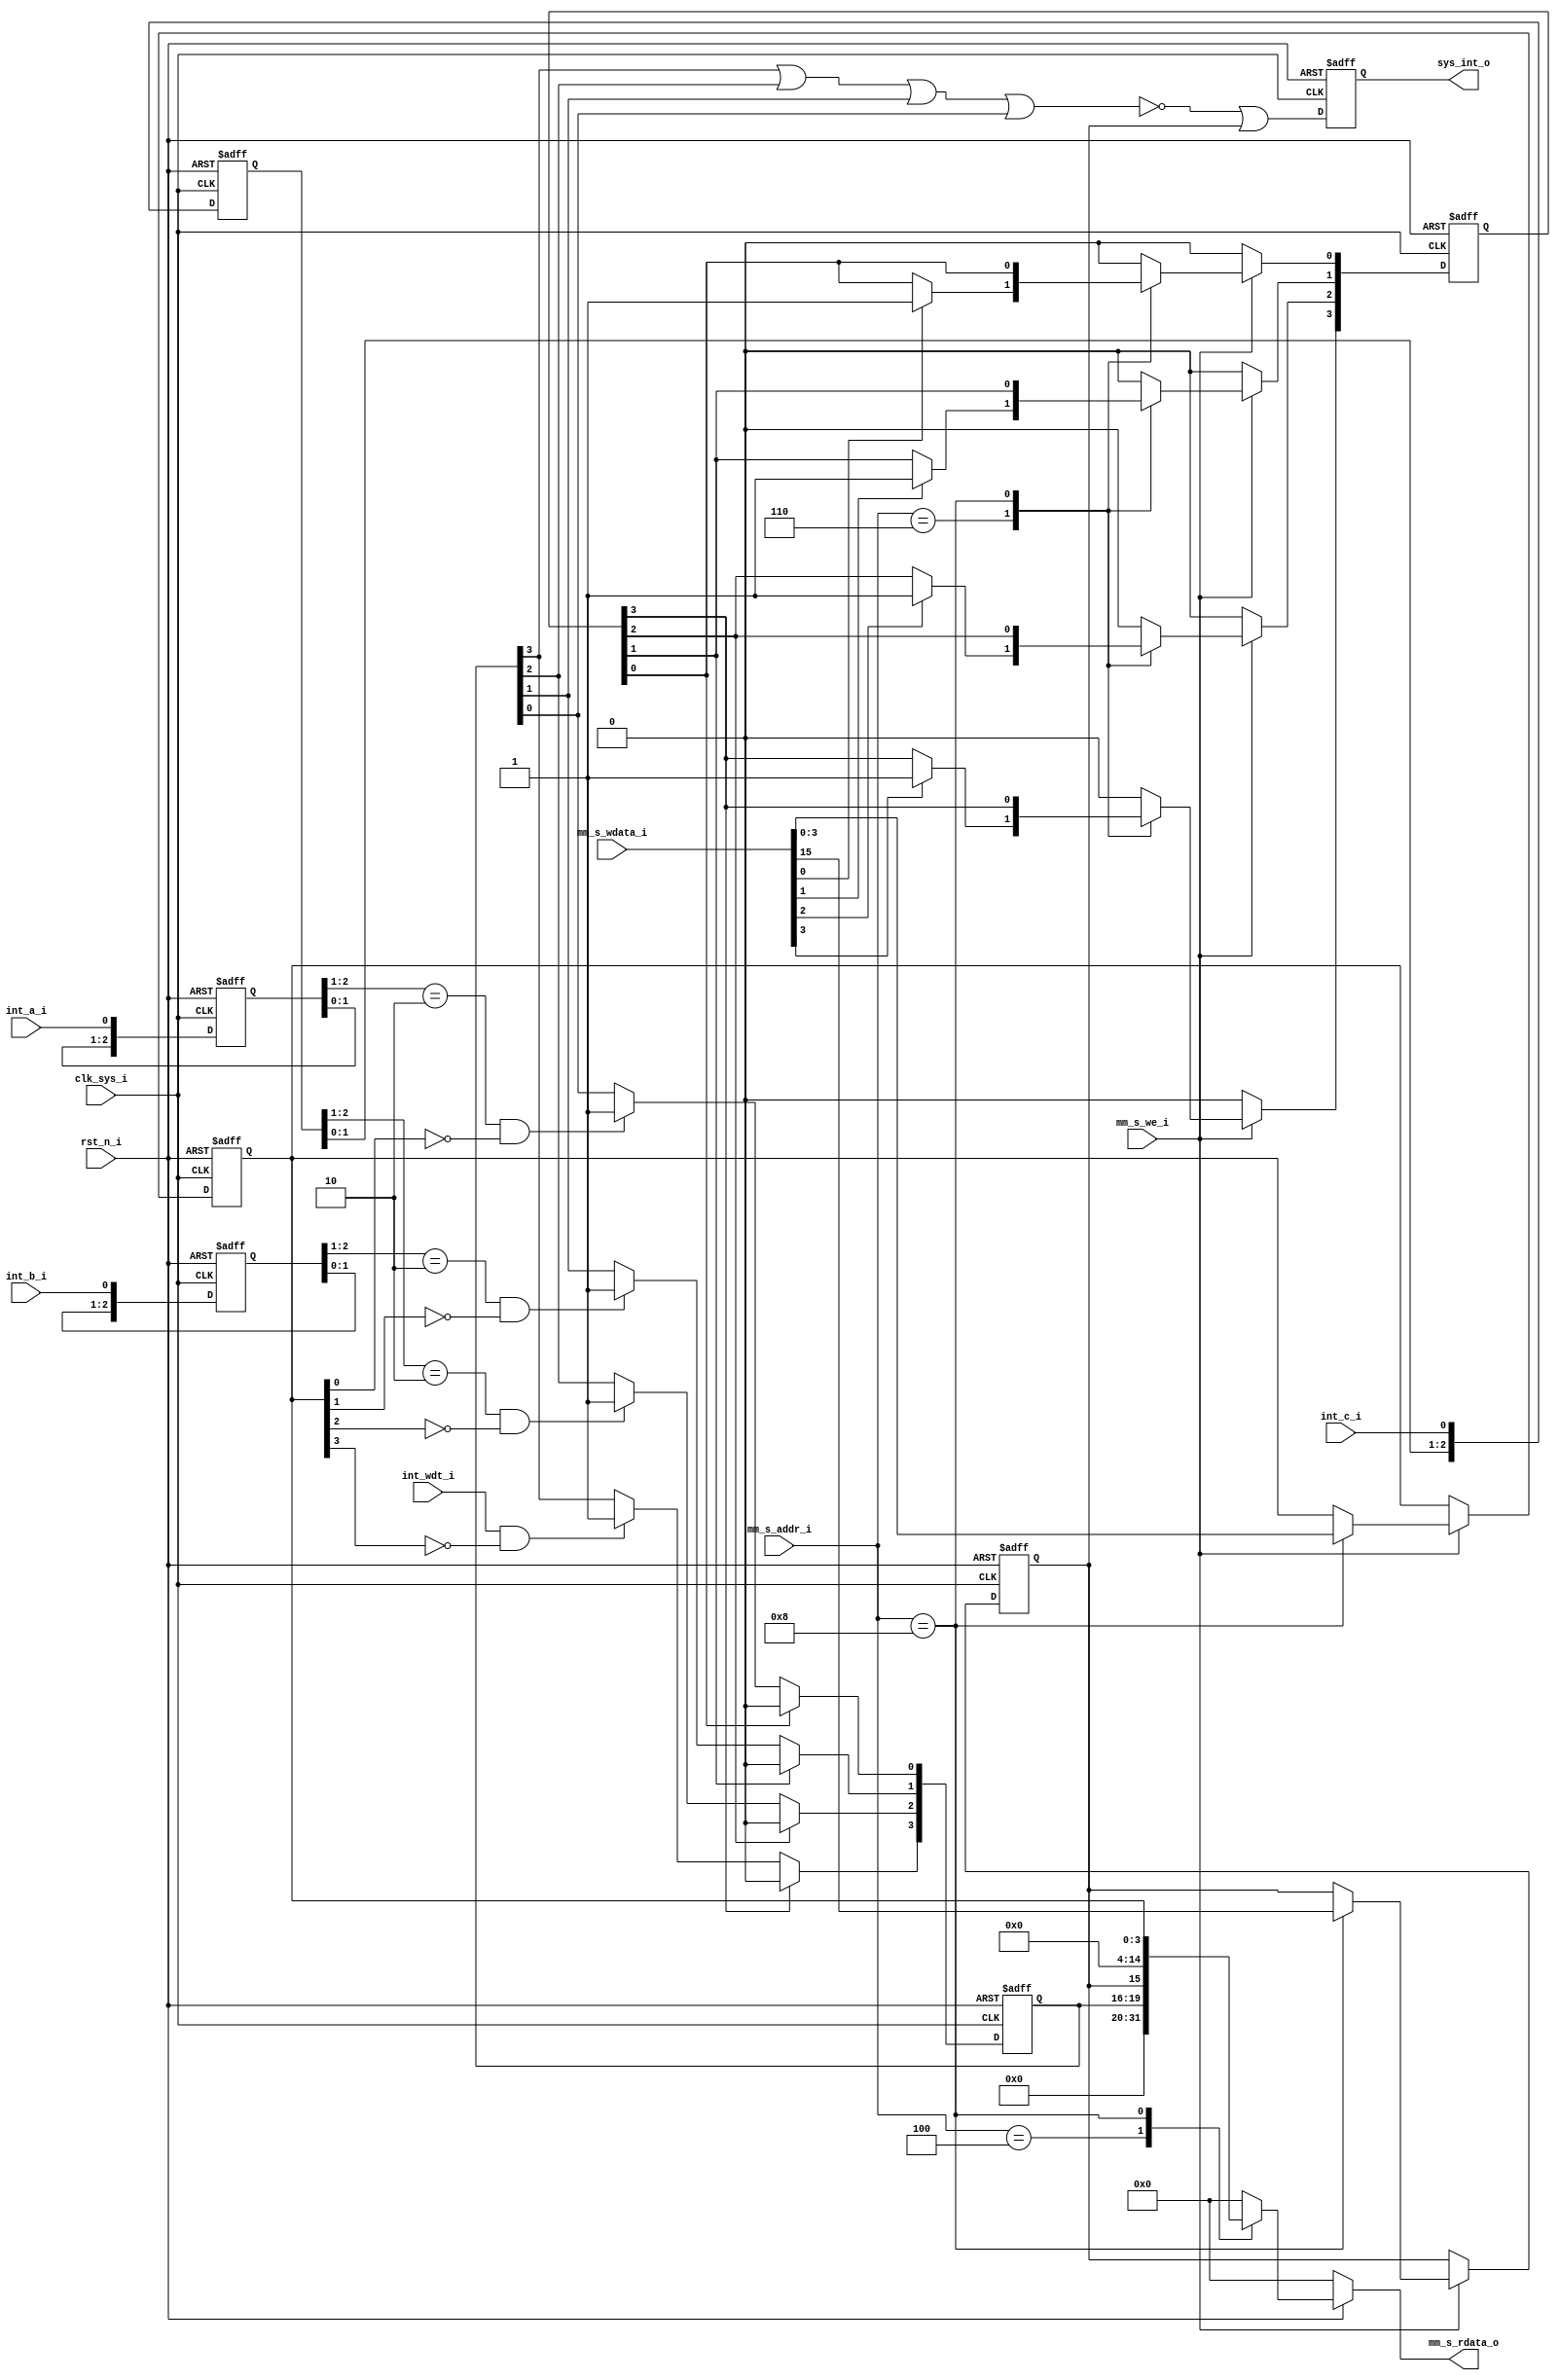
module int_ctrl(
// Global Clock and Reset
clk_sys_i,
rst_n_i,

// Memory Mapped Bus Slave Interface
mm_s_addr_i,
mm_s_wdata_i,
mm_s_rdata_o,
mm_s_we_i,

// Interrupt Signals
int_a_i, 
int_b_i, 
int_c_i, 
int_wdt_i,
sys_int_o
);

/***************************************************
 Interrupt Controller Parameters
***************************************************/
parameter MM_ADDR_WIDTH = 8;
parameter MM_DATA_WIDTH = 16;
// S1: Interrupt Controller
parameter REG_ADDR_INT_PND = 'h04;
parameter REG_ADDR_INT_CLR = 'h06;
parameter REG_ADDR_INT_MSK = 'h08;

//---------- Global Clock and Reset -----------
input clk_sys_i, rst_n_i;

//---------- Master Interface Signals -----------
// Address and Data Bus
input[MM_ADDR_WIDTH-1:0] mm_s_addr_i;
input[MM_DATA_WIDTH-1:0] mm_s_wdata_i;
output[MM_DATA_WIDTH-1:0] mm_s_rdata_o;
// Bus Control
input mm_s_we_i;

//---------- Interrupt Signals -----------
input int_a_i, int_b_i, int_c_i, int_wdt_i;
output sys_int_o;

//---------- Internal Regs & Wires -----------
reg[3:0] int_pnd_reg, int_clr_reg, int_msk_reg;
reg ie_msk_reg;
reg[MM_DATA_WIDTH-1:0] mm_s_rdata_o; 
reg[2:0] sync_int_a, sync_int_b, sync_int_c;
reg sys_int_o;

/***************************************************
 Interrupt Controller Functions
***************************************************/
// MM Write Function
always @(posedge clk_sys_i, negedge rst_n_i)
begin
	if(!rst_n_i) begin
		int_clr_reg <= 4'b0000;
		int_msk_reg <= 4'b1111;
		ie_msk_reg <= 1'b1;
	end
	else begin
		if(mm_s_we_i) begin
			case(mm_s_addr_i)				
				REG_ADDR_INT_CLR:
					begin
						int_clr_reg[0] <= mm_s_wdata_i[0] ? 1'b1 : int_clr_reg[0];	
						int_clr_reg[1] <= mm_s_wdata_i[1] ? 1'b1 : int_clr_reg[1];	
						int_clr_reg[2] <= mm_s_wdata_i[2] ? 1'b1 : int_clr_reg[2];	
						int_clr_reg[3] <= mm_s_wdata_i[3] ? 1'b1 : int_clr_reg[3];
					end					
				REG_ADDR_INT_MSK:
					begin
						ie_msk_reg <= mm_s_wdata_i[15];
						int_msk_reg <= mm_s_wdata_i[3:0];
					end					
				default:
					begin
						int_clr_reg <= 4'b0000;
						int_msk_reg <= int_msk_reg;
						ie_msk_reg <= ie_msk_reg;
					end
			endcase
		end
		else begin
			int_clr_reg <= 4'b0000;
			int_msk_reg <= int_msk_reg;
			ie_msk_reg <= ie_msk_reg;
		end
	end
end

// MM Read Function
always @(mm_s_addr_i, int_pnd_reg, ie_msk_reg, int_msk_reg, rst_n_i)
begin
	if(!rst_n_i) begin
		mm_s_rdata_o <= 0;
	end
	else begin
		case(mm_s_addr_i)
			REG_ADDR_INT_PND:
				mm_s_rdata_o <= {12'h0, int_pnd_reg[3:0]};
			REG_ADDR_INT_MSK:
				mm_s_rdata_o <= {ie_msk_reg, 11'h0, int_msk_reg[3:0]};
			default:
				mm_s_rdata_o <= 0;
		endcase
	end
end

// Input Sync and Edge Detection
always @(posedge clk_sys_i, negedge rst_n_i)
begin
	if(!rst_n_i) begin
		sync_int_a <= 3'b111;
		sync_int_b <= 3'b111;
		sync_int_c <= 3'b111;
	end
	else begin		
		sync_int_a <= {sync_int_a[1], sync_int_a[0], int_a_i};
		sync_int_b <= {sync_int_b[1], sync_int_b[0], int_b_i};
		sync_int_c <= {sync_int_c[1], sync_int_c[0], int_c_i};
	end
end

// Interrupt Pending Fill-in
always @(posedge clk_sys_i, negedge rst_n_i)
begin
	if(!rst_n_i) begin
		int_pnd_reg <= 4'b0000;
	end
	else begin
		if(int_clr_reg[0])
			int_pnd_reg[0] <= 1'b0;
		else
			int_pnd_reg[0] <= (({sync_int_a[2], sync_int_a[1]} == 2'b10) && (int_msk_reg[0] == 1'b0)) ? 1'b1 : int_pnd_reg[0];
			
		if(int_clr_reg[1])
			int_pnd_reg[1] <= 1'b0;
		else
			int_pnd_reg[1] <= (({sync_int_b[2], sync_int_b[1]} == 2'b10) && (int_msk_reg[1] == 1'b0)) ? 1'b1 : int_pnd_reg[1];
		
		if(int_clr_reg[2])
			int_pnd_reg[2] <= 1'b0;
		else
			int_pnd_reg[2] <= (({sync_int_c[2], sync_int_c[1]} == 2'b10) && (int_msk_reg[2] == 1'b0)) ? 1'b1 : int_pnd_reg[2];
		
		if(int_clr_reg[3])
			int_pnd_reg[3] <= 1'b0;
		else
			int_pnd_reg[3] <= ((int_wdt_i == 1'b1) && (int_msk_reg[3] == 1'b0)) ? 1'b1 : int_pnd_reg[3];			
	end
end

// System Interrupt Output Logic
always @(posedge clk_sys_i, negedge rst_n_i)
begin
	if(!rst_n_i) begin
		sys_int_o <= 1'b1;
	end
	else begin
		sys_int_o <= (~(int_pnd_reg[3] | int_pnd_reg[2] | int_pnd_reg[1] | int_pnd_reg[0])) | ie_msk_reg;
	end
end


endmodule